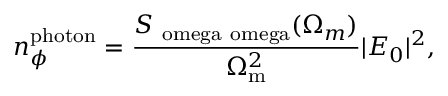
n _ { \phi } ^ { \mathrm { p h o t o n } } = \frac { S _ { \mathrm { \ o m e g a \ o m e g a } } ( \Omega _ { m } ) } { \Omega _ { \mathrm { m } } ^ { 2 } } | E _ { 0 } | ^ { 2 } ,